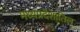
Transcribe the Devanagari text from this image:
मध्यप्रदेशातिल